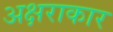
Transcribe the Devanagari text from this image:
अक्षराकार